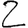
Digit: 2